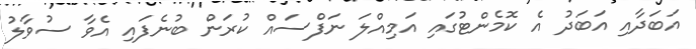
އަބަދާއި އަބަދު އެ ކޮމެންޓުގައި އަމިއްލަ ނަފްސައް ކުރަން ބުނެފައި އެވާ ސުވާލު